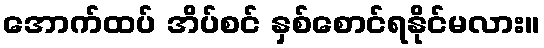
အောက်ထပ် အိပ်စင် နှစ်စောင်ရနိုင်မလား။